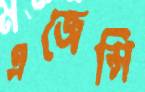
এজেন্সি